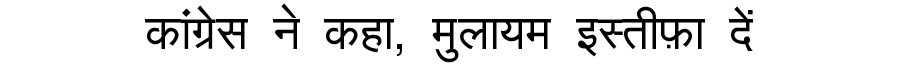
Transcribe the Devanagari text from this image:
कांग्रेस ने कहा, मुलायम इस्तीफ़ा दें